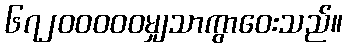
၆၇၂၀၀၀၀၀မျှသာကွာဝေးသည်။